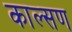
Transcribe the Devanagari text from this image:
काल्सण